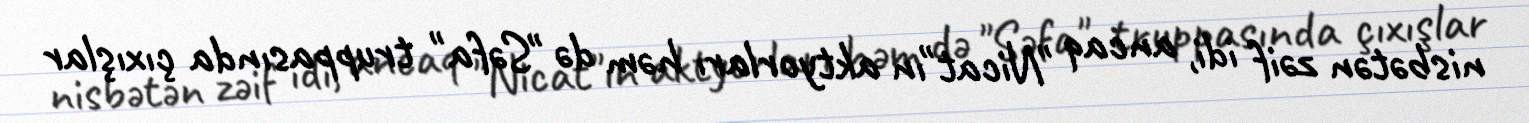
nisbətən zəif idi, ancaq "Nicat"ın aktyorları həm də "Səfa" truppasında çıxışlar